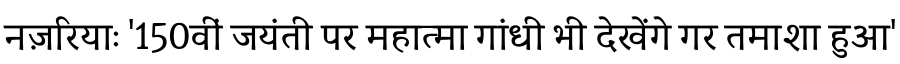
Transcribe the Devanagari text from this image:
नज़रियाः '150वीं जयंती पर महात्मा गांधी भी देखेंगे गर तमाशा हुआ'